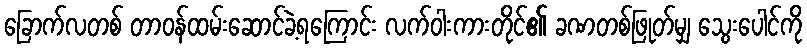
ခြောက်လတစ် တာဝန်ထမ်းဆောင်ခဲ့ရကြောင်း လက်ဝါးကားတိုင်၏ ခဏတစ်ဖြုတ်မျှ သွေးပေါင်ကို